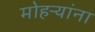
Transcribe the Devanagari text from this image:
मोहऱ्यांना